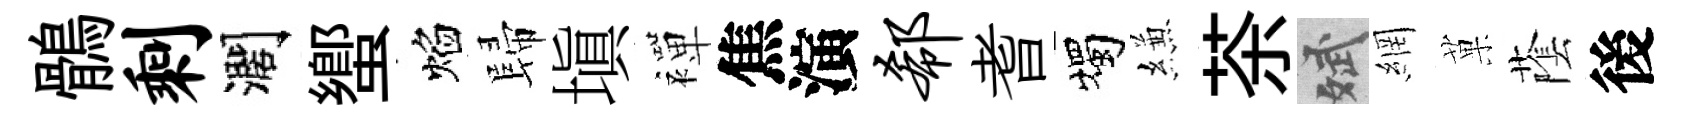
鶻剩濶蠁焰歸塡襌焦演欷耆燭縑茶斌網菓䕃後